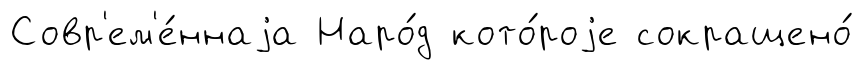
Совр'ем'е́ннаjа Наро́д кото́роjе сокращено́